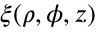
\xi ( \rho , \phi , z )